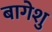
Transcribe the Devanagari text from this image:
बागेशु